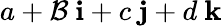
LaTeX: a+\mathcal{B}\ \mathbf{{i}}+c\ \mathbf{{j}}+d\ \mathbf{{k}}